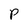
Character: P